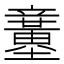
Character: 𥫍